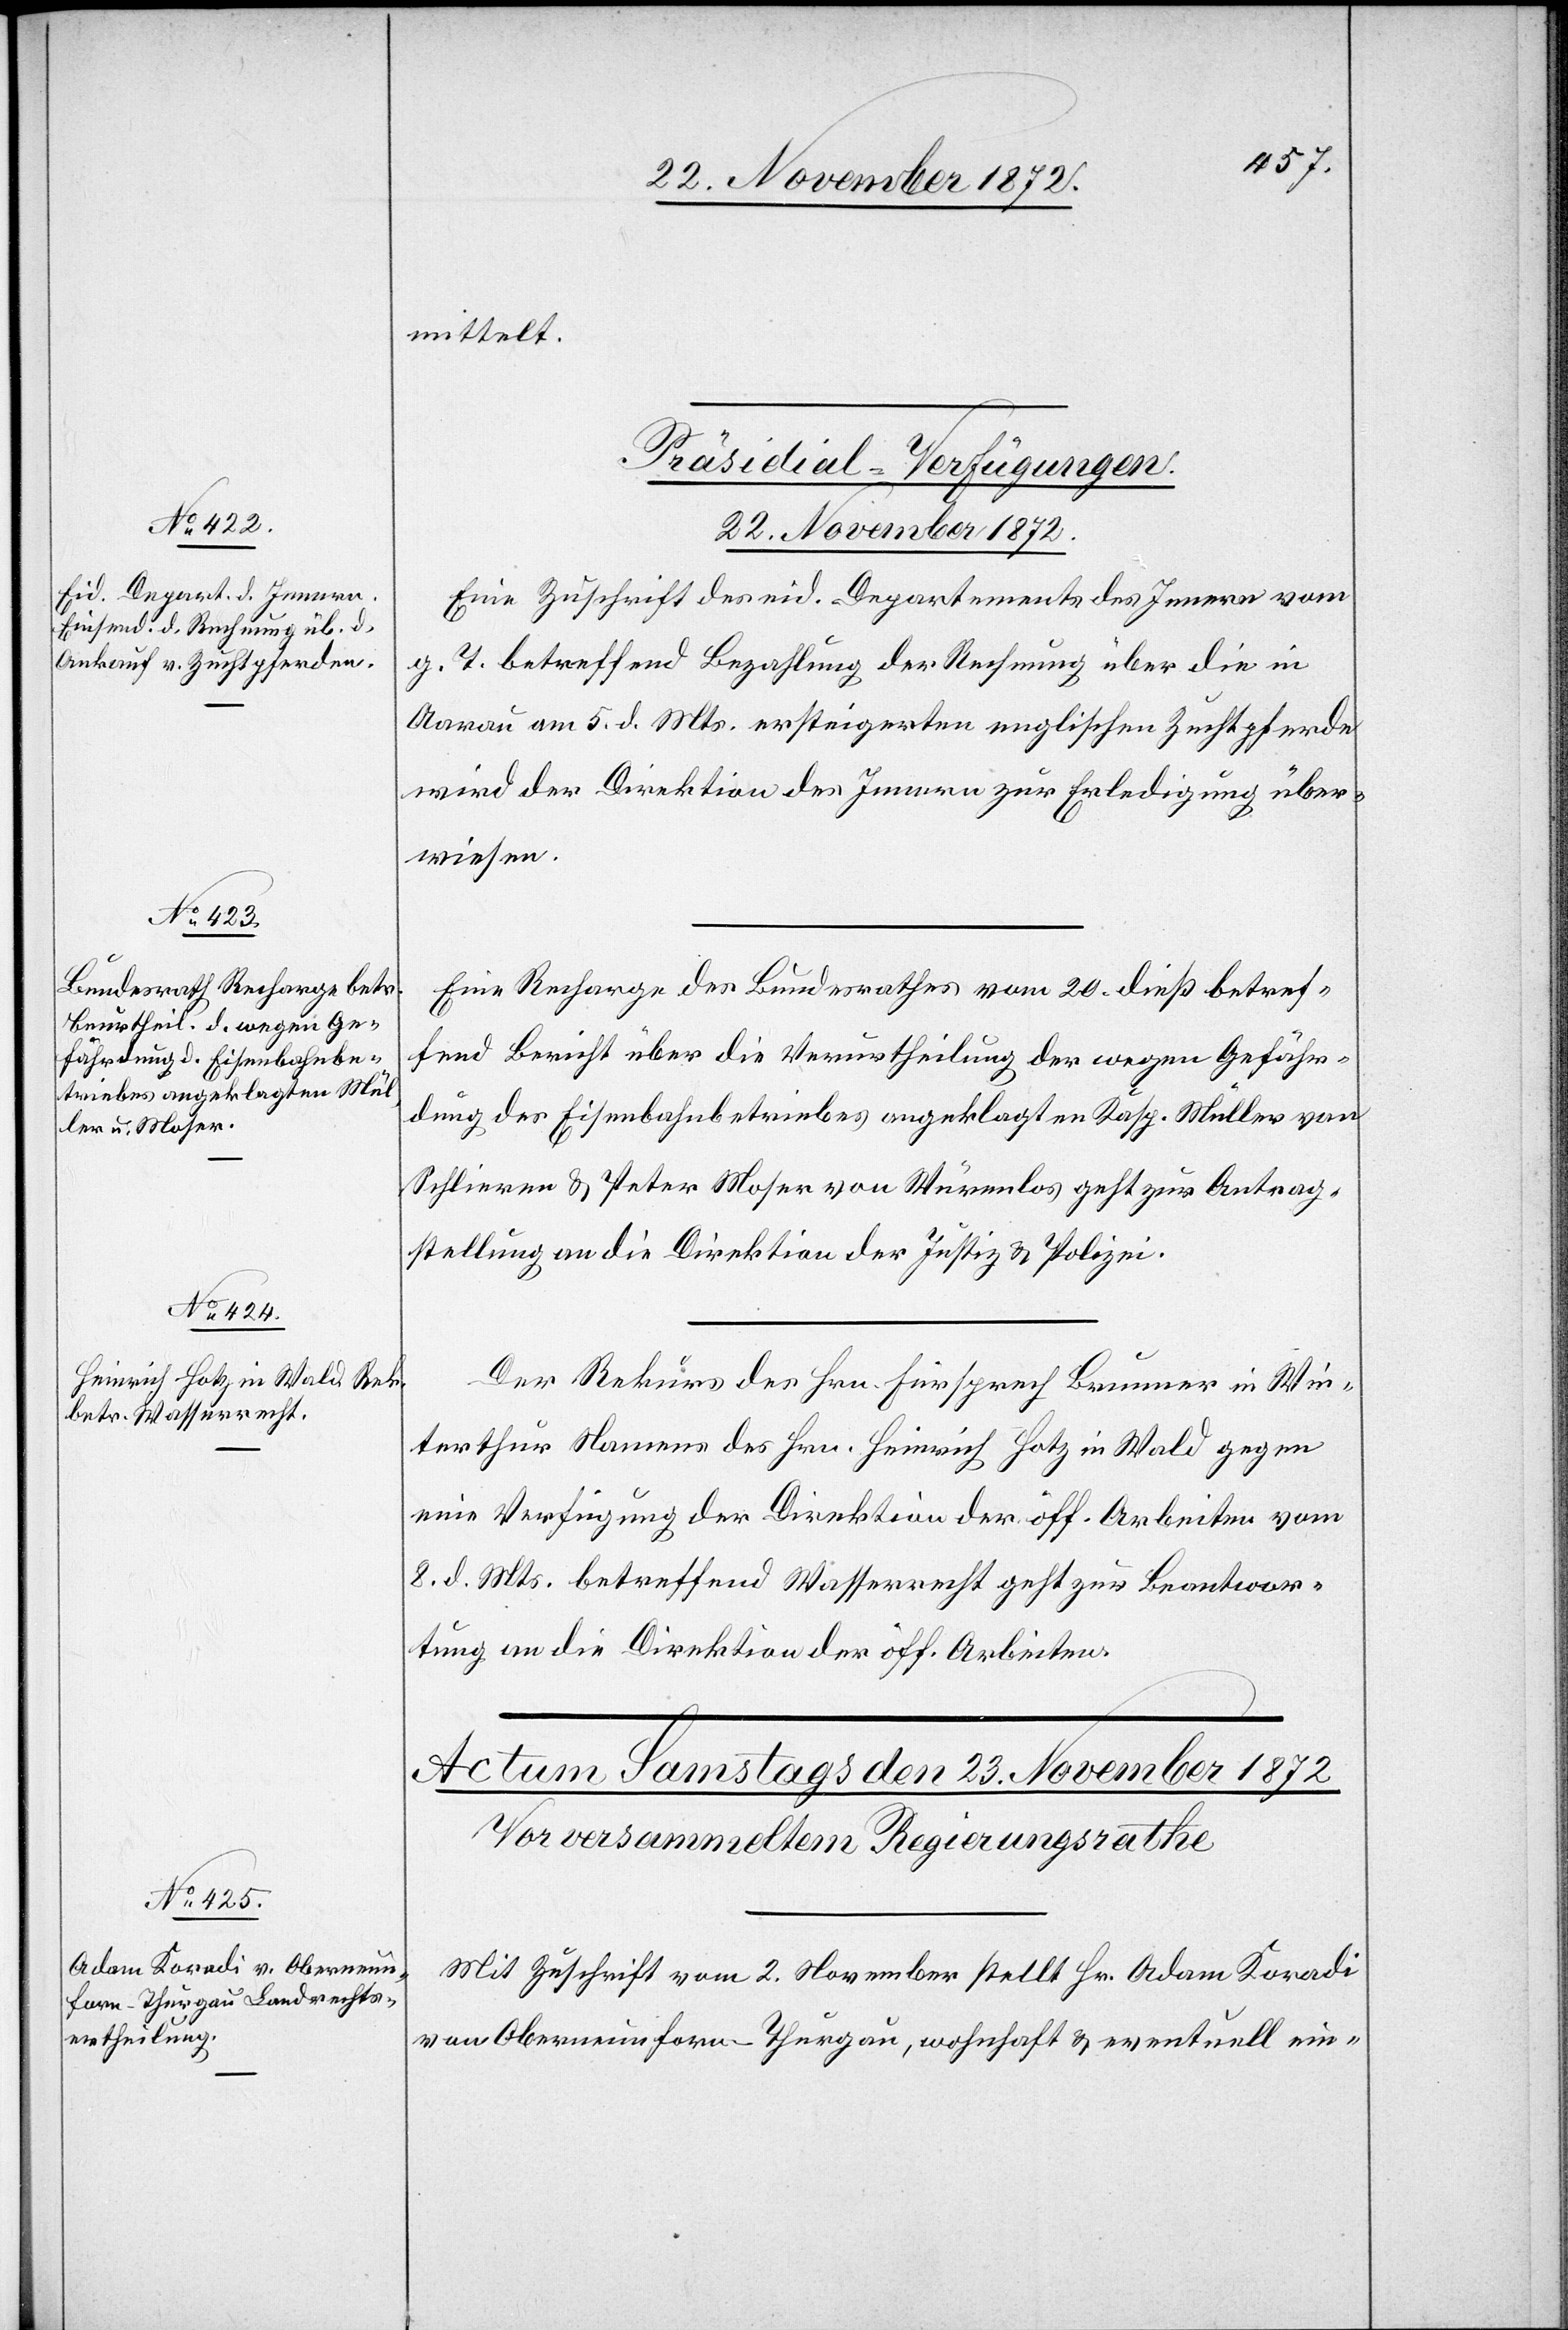
mittelt.
[Präsidial-Verfügungen.
22. November 1872.]
Eine Zuschrift des eid. Departements des Innern vom
g. T. betreffend Bezahlung der Rechnung über die in
Aarau am 5. d. Mts. ersteigerten englischen Zuchtpferde
wird der Direktion des Innern zur Erledigung über¬
wiesen.
Eine Recharge des Bundesrathes vom 20. dieß betref¬
fend Bericht über die Verurtheilung der wegen Gefähr¬
dung des Eisenbahnbetriebes angeklagten Kasp. Müller von
Schlieren u. Peter Moser von Würenlos geht zur Antrag¬
stellung an die Direktion der Justiz u. Polizei.
Der Rekurs des Hrn. Fürsprech Brunner in Win¬
terthur Namens des Hrn. Heinrich Hotz in Wald gegen
eine Verfügung der Direktion der öff. Arbeiten vom
8. d. Mts. betreffend Wasserrecht geht zur Beantwor¬
tung an die Direktion der öff. Arbeiten.
Mit Zuschrift vom 2. November stellt Hr. Adam Koradi
von Oberneunforn - Thurgau, wohnhaft u. eventuell ein-